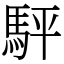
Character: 駍